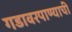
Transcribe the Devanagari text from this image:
गडावरपाण्याची